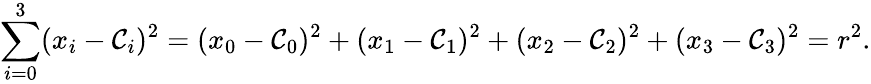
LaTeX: \sum_{i=0}^{3}(x_{i}-\mathcal{C}_{i})^{2}=(x_{0}-\mathcal{C}_{0})^{2}+(x_{1}-\mathcal{C}_{1})^{2}+(x_{2}-\mathcal{C}_{2})^{2}+(x_{3}-\mathcal{C}_{3})^{2}=r^{2}.